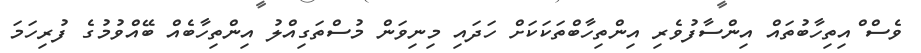
ވެސް ްއިތިހާބުތައް އިންސާފުވެރި އިންތިހާބްތަކަކަށް ހަދައި މިނިވަން މުސްތަގިއްލު އިންތިހާބެއް ބޭއްވުމުގެ ފުރިހަމަ